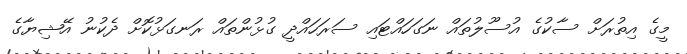
މީގެ އިތުރަށް ސާކުގެ އުސޫލުތައް ނަގަހައްޓައި ސަރަހައްދީ ގުޅުންތައް ރަނގަޅުކޮށް ދެކުނު އޭޝިޔާގެ